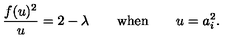
\frac { f ( u ) ^ { 2 } } { u } = 2 - \lambda \qquad \mathrm { w h e n } \qquad u = a _ { i } ^ { 2 } .